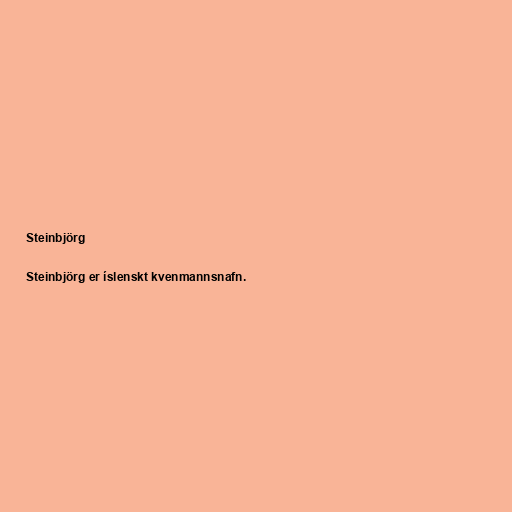
Steinbjörg

Steinbjörg er íslenskt kvenmannsnafn.